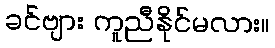
ခင်ဗျား ကူညီနိုင်မလား။